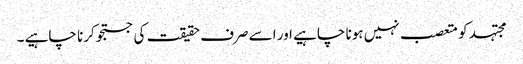
مجتہد کو متعصب نہیں ہونا چاہیے اور اسے صرف حقیقت کی جستجو کرنا چاہیے ۔